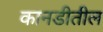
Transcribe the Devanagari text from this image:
कानडीतील